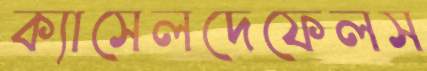
ক্যাসেলদেফেলস